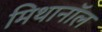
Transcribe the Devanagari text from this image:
मिथानॉल